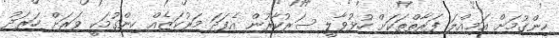
ހިންގުމަށް އަމިއްލަ ފަރާތްތަކަށް ހުޅުވާލީ ސަރުކާރުން އެފަދަ މަރުކަޒެއް ހިންގުމަކީ ވަރަށް ހަރަދު